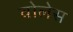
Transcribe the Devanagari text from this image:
वोलेस